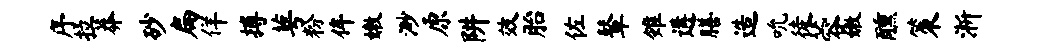
序拉莽砂扁佯搏萼粉侔嫩渺原阱效胎佐鼙雉遘膳造吮徒蓉嫩醺策淅